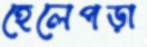
হেলেপড়া